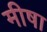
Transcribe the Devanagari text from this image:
मीषा